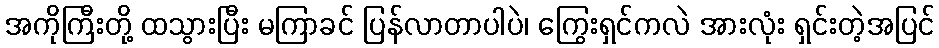
အကိုကြီးတို့ ထသွားပြီး မကြာခင် ပြန်လာတာပါပဲ၊ ကြွေးရှင်ကလဲ အားလုံး ရှင်းတဲ့အပြင်